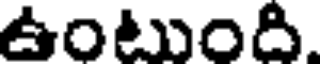
ఉంటుంది.